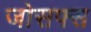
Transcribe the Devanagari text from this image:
जोसफ्स